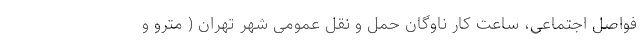
فواصل اجتماعی، ساعت کار ناوگان حمل و نقل عمومی شهر تهران ( مترو و